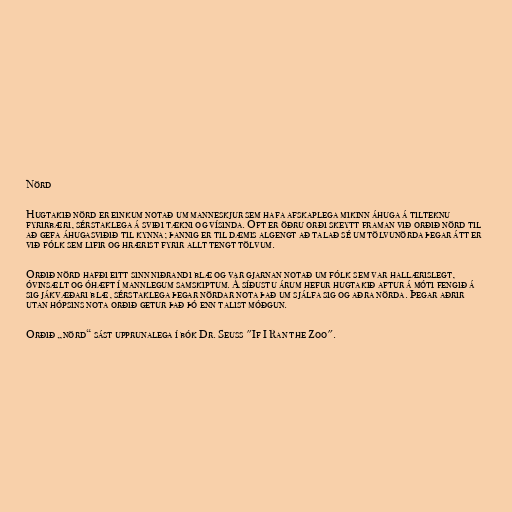
Nörd

Hugtakið nörd er einkum notað um manneskjur sem hafa afskaplega mikinn áhuga á tilteknu
fyrirbæri, sérstaklega á sviði tækni og vísinda. Oft er öðru orði skeytt framan við orðið nörd til
að gefa áhugasviðið til kynna; þannig er til dæmis algengt að talað sé um tölvunörda þegar átt er
við fólk sem lifir og hrærist fyrir allt tengt tölvum.

Orðið nörd hafði eitt sinn niðrandi blæ og var gjarnan notað um fólk sem var hallærislegt,
óvinsælt og óhæft í mannlegum samskiptum. Á síðustu árum hefur hugtakið aftur á móti fengið á
sig jákvæðari blæ, sérstaklega þegar nördar nota það um sjálfa sig og aðra nörda. Þegar aðrir
utan hópsins nota orðið getur það þó enn talist móðgun.

Orðið „nörd“ sást upprunalega í bók Dr. Seuss "If I Ran the Zoo".